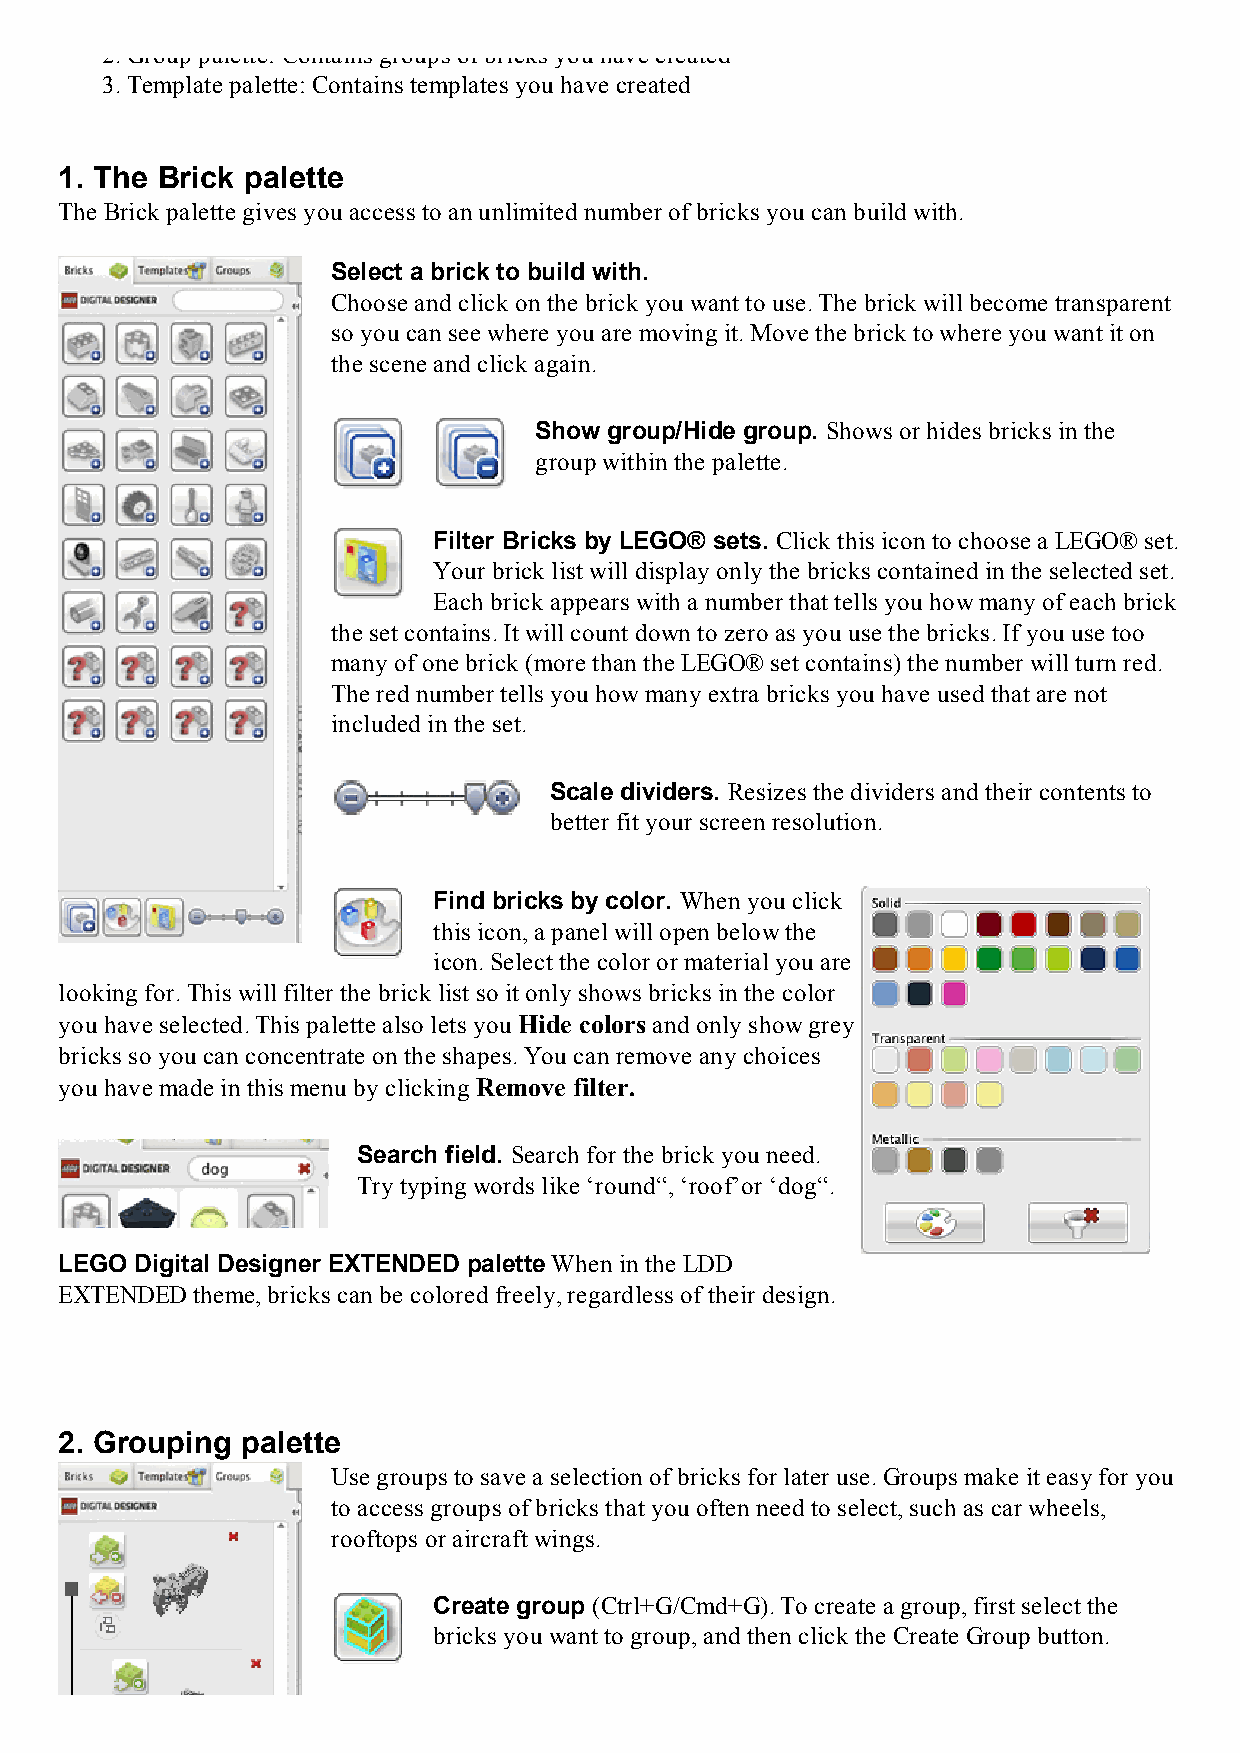
2. Group palette: Contains groups of bricks you have created
 3. Template palette: Contains templates you have created
 1. The Brick palette
 The Brick palette gives you access to an unlimited number of bricks you can build with.
 Select a brick to build with.
 Choose and click on the brick you want to use. The brick will become transparent
 so you can see where you are moving it. Move the brick to where you want it on
 the scene and click again.
 Show group/Hide group. Shows or hides bricks in the
 group within the palette.
 Filter Bricks by LEGO® sets. Click this icon to choose a LEGO® set.
 Your brick list will display only the bricks contained in the selected set.
 Each brick appears with a number that tells you how many of each brick
 the set contains. It will count down to zero as you use the bricks. If you use too
 many of one brick (more than the LEGO® set contains) the number will turn red.
 The red number tells you how many extra bricks you have used that are not
 included in the set.
 Scale dividers. Resizes the dividers and their contents to
 better fit your screen resolution.
 Find bricks by color. When you click
 this icon, a panel will open below the
 icon. Select the color or material you are
 looking for. This will filter the brick list so it only shows bricks in the color
 you have selected. This palette also lets you Hide colors and only show grey
 bricks so you can concentrate on the shapes. You can remove any choices
 you have made in this menu by clicking Remove filter.
 Search field. Search for the brick you need.
 Try typing words like ‘round“, ‘roof’or ‘dog“.
 LEGO Digital Designer EXTENDED palette When in the LDD
 EXTENDED theme, bricks can be colored freely, regardless of their design.
 2. Grouping palette
 Use groups to save a selection of bricks for later use. Groups make it easy for you
 to access groups of bricks that you often need to select, such as car wheels,
 rooftops or aircraft wings.
 Create group (Ctrl+G/Cmd+G). To create a group, first select the
 bricks you want to group, and then click the Create Group button.